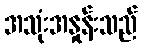
အသုံးအနှုန်းသည်